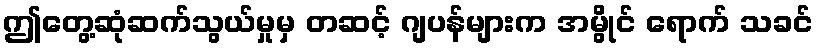
ဤတွေ့ဆုံဆက်သွယ်မှုမှ တဆင့် ဂျပန်များက အမွိုင် ရောက် သခင်